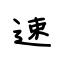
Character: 速